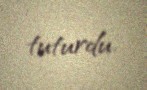
tuturdu.